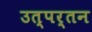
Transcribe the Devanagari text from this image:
उत्पर्तन